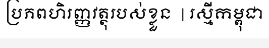
ប្រភពហិរញ្ញវត្ថុរបស់ខ្លួន  | រស្មីកម្ពុជា